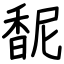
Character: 馜